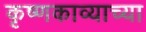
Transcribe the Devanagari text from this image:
कृष्णकाव्याच्या